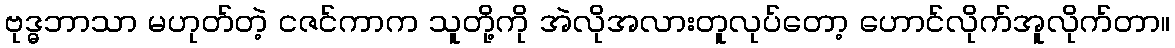
ဗုဒ္ဓဘာသာ မဟုတ်တဲ့ ငဇင်ကာက သူတို့ကို အဲလိုအလားတူလုပ်တော့ ဟောင်လိုက်အူလိုက်တာ။